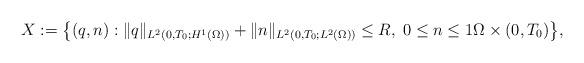
LaTeX: \begin{align*}X := \big \{ (q,n) : \| q \|_{L^{2}(0,T_{0};H^{1}(\Omega))} + \| n \|_{L^{2}(0,T_{0};L^{2}(\Omega))} \leq R, \; 0 \leq n \leq 1 \Omega \times (0,T_{0}) \big \},\end{align*}